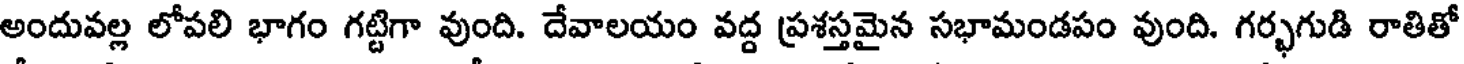
అందువల్ల లోపలి భాగం గట్టిగా వుంది. దేవాలయం వద్ద ప్రశస్తమైన సభామండపం వుంది. గర్భగుడి రాతితో